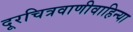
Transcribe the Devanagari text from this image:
दूरचित्रवाणीवाहिन्या